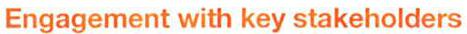
Engagement with key stakeholders